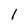
Character: 1